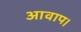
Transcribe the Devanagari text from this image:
आवाप।